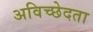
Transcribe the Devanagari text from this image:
अविच्छेदता